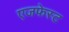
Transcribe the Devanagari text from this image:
एजफेस्ट